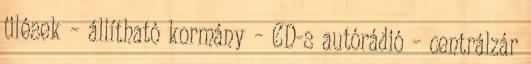
ülések – állítható kormány – CD-s autórádió – centrálzár